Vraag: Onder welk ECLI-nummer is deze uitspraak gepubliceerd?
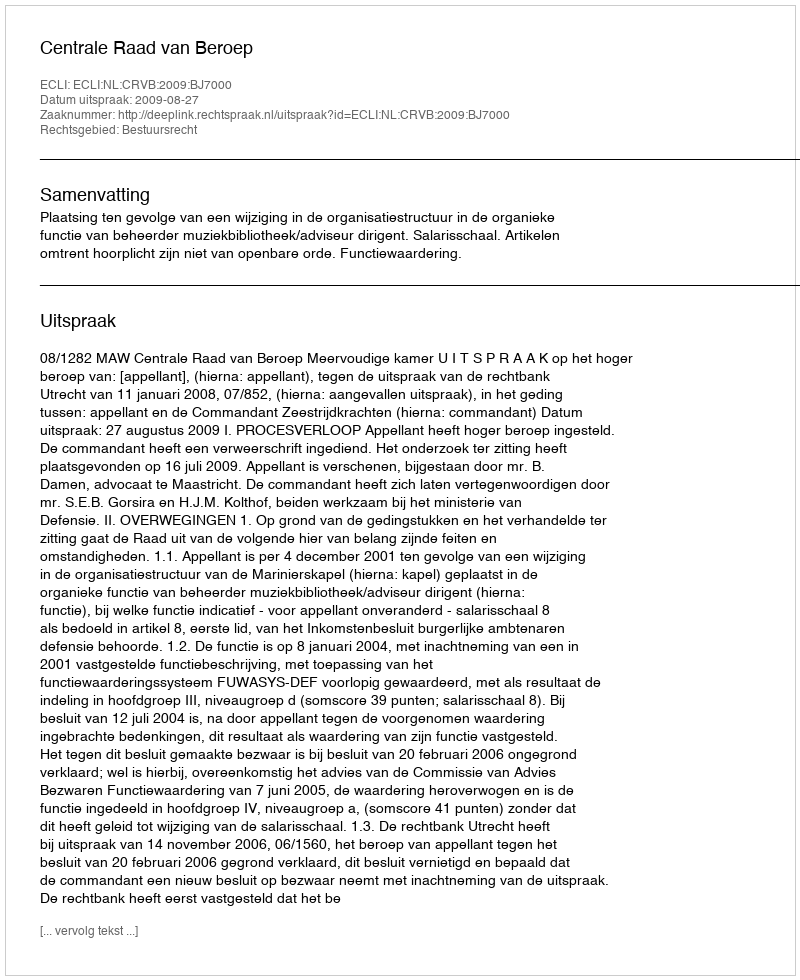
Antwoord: ECLI:NL:CRVB:2009:BJ7000